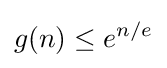
g(n)\leq e^{n/e}